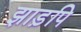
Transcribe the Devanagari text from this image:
झाड़पि